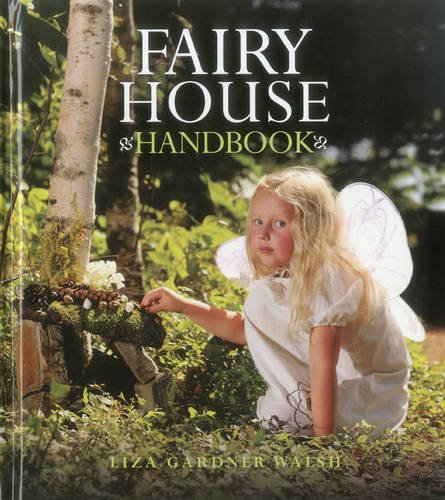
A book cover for Fairy House Handbook; Liza Gardner Walsh; Crafts, Hobbies & Home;